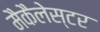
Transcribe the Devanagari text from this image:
मैकैलेस्टर